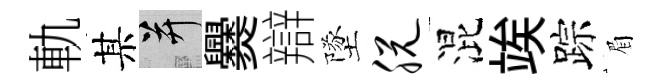
軌某并爨辯墜脱混竢踪眉